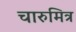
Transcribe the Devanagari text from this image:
चारुमित्र